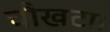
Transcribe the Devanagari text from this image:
चौखटा।